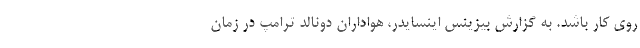
روی کار باشد. به گزارش بیزینس اینسایدر، هواداران دونالد ترامپ در زمان